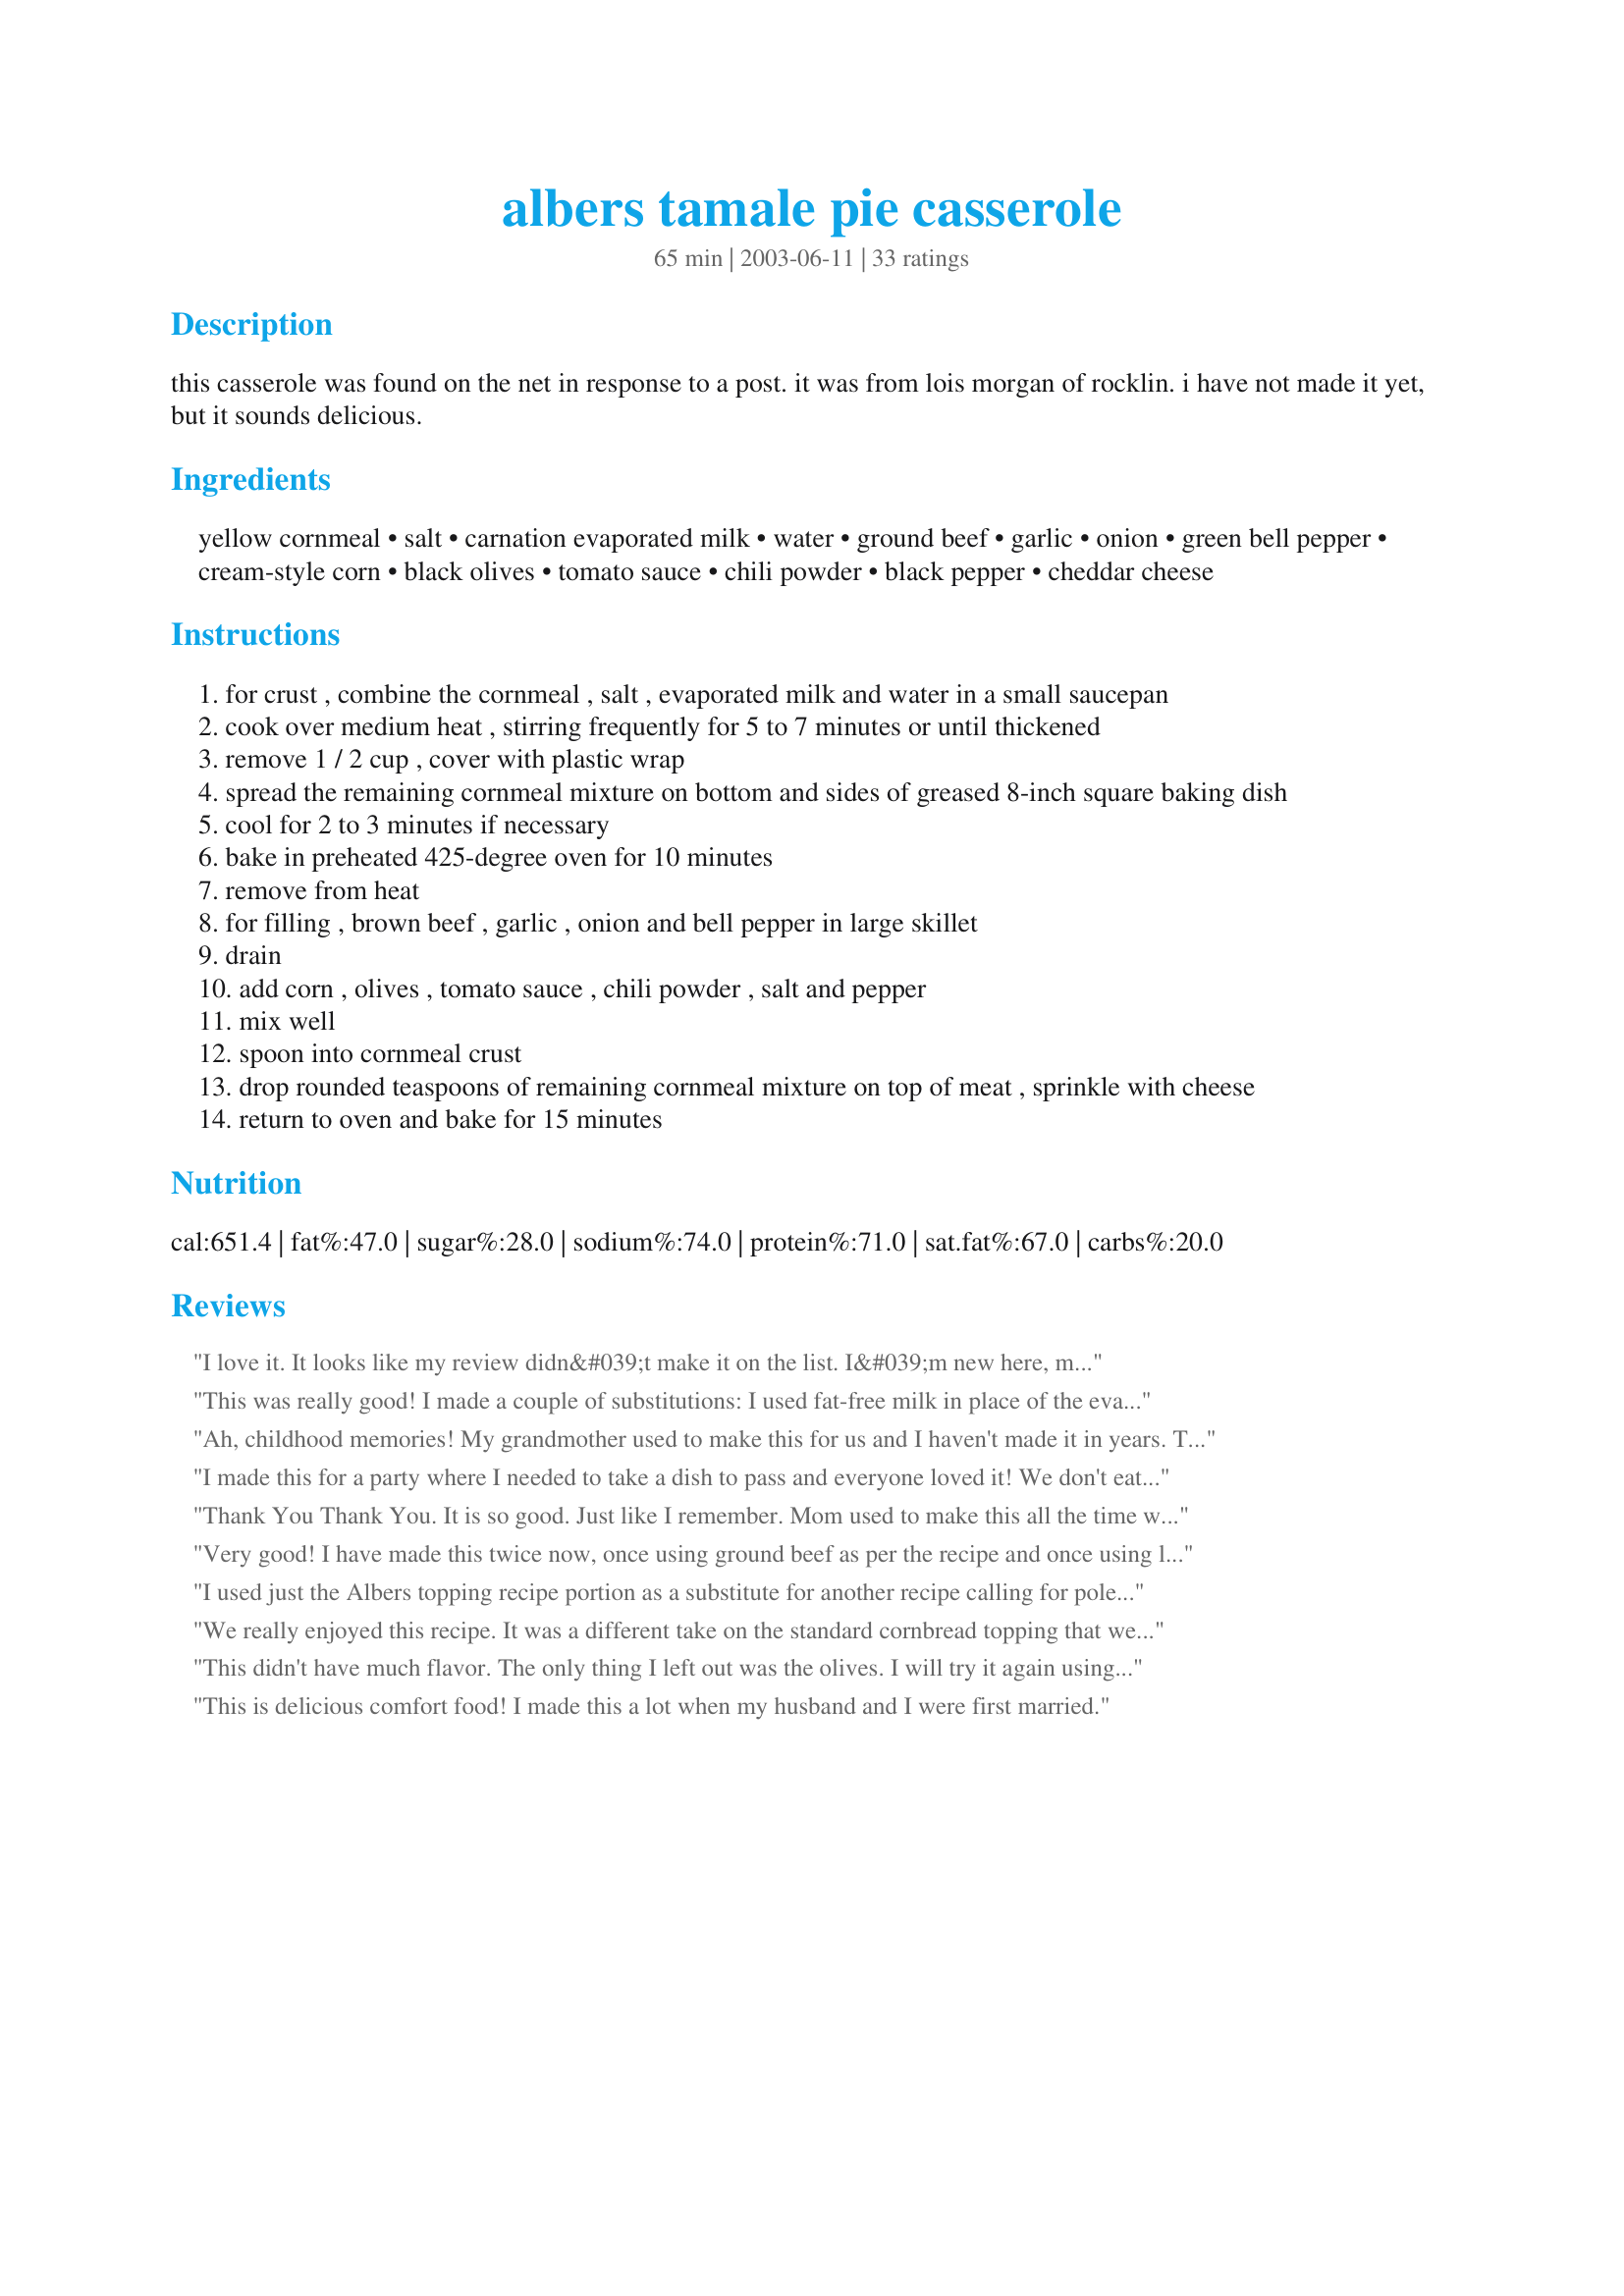
albers tamale pie casserole
Preparation time: 65 minutes

this casserole was found on the net in response to a post. it was from lois morgan of rocklin. i have not made it yet, but it sounds delicious.

Ingredients:
yellow cornmeal, salt, carnation evaporated milk, water, ground beef, garlic, onion, green bell pepper, cream-style corn, black olives, tomato sauce, chili powder, black pepper, cheddar cheese

Steps:
for crust , combine the cornmeal , salt , evaporated milk and water in a small saucepan
cook over medium heat , stirring frequently for 5 to 7 minutes or until thickened
remove 1 / 2 cup , cover with plastic wrap
spread the remaining cornmeal mixture on bottom and sides of greased 8-inch square baking dish
cool for 2 to 3 minutes if necessary
bake in preheated 425-degree oven for 10 minutes
remove from heat
for filling , brown beef , garlic , onion and bell pepper in large skillet
drain
add corn , olives , tomato sauce , chili powder , salt and pepper
mix well
spoon into cornmeal crust
drop rounded teaspoons of remaining cornmeal mixture on top of meat , sprinkle with cheese
return to oven and bake for 15 minutes

Reviews:
I love it. It looks like my review didn&#039;t make it on the list. I&#039;m new here, maybe I didn&#039;t submit it right.
This was really good! I made a couple of substitutions: I used fat-free milk in place of the evaporated milk, a small can of enchilada sauce in place of the tomato sauce, and a can of diced green chilies. Having made those substitutions, I should have cut back on the chili powder because I'm cooking for three kids, and it was a bit too spicy for them. My husband and I loved it though!
Ah, childhood memories! My grandmother used to make this for us and I haven't made it in years. This was so good...DS and DH just loved this stuff, I'm not sure I had ever made this for them! I'm sure I don't have the recipe anymore, at any rate! I did add more garlic, you know what a garlic fiend I am :) and I added a bit more cheese. The guys just plowed through this pan of goodness! Simple and yummy goodness...thanks for sharing, L!
I made this for a party where I needed to take a dish to pass and everyone loved it! We don't eat meat so I made it with some back beans, pinto beans, and a little tvp and vegetarians and meat-eaters all seemed to enjoy it. I forgot to mix in the black olives so I just put them on top after I took it out of the oven. I'll make double batch next time!
Thank You Thank You. It is so good. Just like I remember. 
Mom used to make this all the time well at least once every few weeks. Lost the recipe, been hunting for it, Thank You for posting.
Very good! I have made this twice now, once using ground beef as per the recipe and once using leftover chicken...excellent both ways!!!
I used just the Albers topping recipe portion as a substitute for another recipe calling for polenta. It turned out wonderfully delicious.!
We really enjoyed this recipe. It was a different take on the standard cornbread topping that we used to use and it satisfies my cravings for tamale without all that work! Many thanks Ciao! My family will enjoy this often.
This didn't have much flavor. The only thing I left out was the olives. I will try it again using salsa instead of the tomato sauce.
This is delicious comfort food! I made this a lot when my husband and I were first married.
This was sooo good! I used to have it as a kid all the time and was excited to try an make it myself. I finally found one that sounded tasty so I tried it with cornbread as a topping substitute back in March 2014, DELICIOUS!!!!!&lt;br/&gt;Ive been looking for it ever since, even created an account and added it as a favorite so I&#039;d never lose it again. &lt;br/&gt;&lt;br/&gt;Everyone should try this dish at least once.... You&#039;ll love it and be glad you chose this one!!!!!!
This was good and very easy to make. I thought it could have used some more flavor so I will add some spices next time. I did have salsa and sour cream for those who wanted to it add it to their serving.
This was very good! I prepared it as written, except for leaving out the olives because I didn't have any on hand. For me, it worked best to let the cornmeal mixture cool quite a bit before trying to press it into the pan. My cornmeal mixture was too thick to spread with a spoon or spatula, but once it cooled for at least 5 minutes, it became less sticky and was easy to press into the pan with my hands. The recipe is great as written, but I will probably use a can of diced green chiles next time in place of the bell peppers. The bell peppers were fine, but I think my family would prefer the chiles. If it weren't for the kids, I'd use diced jalapenos. We just ended up adding jalapenos to the dish at the table. Anyway, I'd definitely make this again!
This was really Good!!!
Because I have vegetarians as well as meat eaters, I used ground tofu. I also used Enchilada sauce over the tomato sauce and 1 can of green chili's. The Corn crust was lovely, soft and full of flavor. The topping and cheese made a lovely presentation, and the whole dish was full of flavor. My two oldest had their boyfriends over for dinner and they inhaled what would have been for lunch the next day. The next time I will make two recipes worth for dinner. Thanks for posting this recipe. Di
Easy doubled or two and a halfed (2 1/2 lbs hamburger). Made for my son's 14th birthday weekend with lots of boys around. Perfect meal for a crowd. Oh, thanks Aunt Bev for cooking HER recipe and ciao for having it on the site. Just a few tweaks (Auntie's recommendations) and I have a favorite to add to my cookbook. Again, thanks Recipezaar for being such an amazing resource.
I was a little apprehensive about using the crust because it didn't have much flavor to it by itself (used Quaker brand corn meal and wasn't sure if that would have made a difference), but once the filling is added and you take a bite of each, it's a perfect blend of flavors. The crust crumbled on top adds a little crunch to the soft filling (I subbed the ground beef with canarygirl's Chicken Verde (#32918)..I did add tomato sauce, corn and additional spices). I'm looking forward to having this for lunch tomorrow, thanks for posting L! :-)
Ez to make good hearty main course I sevred with spanish rice and lemonade to drink thanks alot for this yummy dish
This is one of the best tasting Tamale Pies I ever tried. I added extra garlic, because I love it. I also had to use whole kernel corn as I didn't have cream style, also added some black beans. I will be making this again. Next time I make it I will add the cream style corn.
Thank You! ciao
great! better than the last recipe i used. i prefer this crust to the corn bread one. served topped with sour cream, tomatoes and cheese.
We really liked this recipe! Next time I would let the cornbread mixture sit for a few minutes before lining the pan with it. I think it would help it hold its shape better and keep it from sliding back down the pan. I also used skim milk because I did not have the evaporated on hand. Worked out just fine. It was so nice to have on a weeknight. Thank you for sharing. We will definitely have this again!
Ciao..This was a wonderful recipe. Thanks so much for sharing it. The only chages that I made were: I did not have any evaporated milk so instead I used whole milk. Worked perfectly. Also instead of green bell pepper, I used a chopped up poblano pepper as that was what I had on hand. Boy did that make it yummy with a touch of spice. I also used about a cup black beans in the mixture as some others did. It really is a very forgiving recipe but besides that, it has wonderful flavor. Thanks again for the great recipe. This will be one that I will continue to use on a regular basis. Hugs to you, Susie.
Substitued:<br/>1 cup frozen corn for cream corn<br/>Enchilada sauce for tomato sauce<br/>No olives because I didn't have any<br/>Added about 1 tbs chopped jalape?o<br/>1 tsp cumin and would have added 1/4 - 1/2 tsp oregano if I had any<br/><br/>Placed into a deep dish pie pan and baked in oven for 15 minutes, cool for 5 minutes.<br/><br/>Results were really good. I'd make this again, but would use a slotted spoon when moving meat mixture to baking dish to eliminate the beef grease. Also I might change it up by making more cornmeal and substitute some meat with pinto or black beans. With bean substitute you could double or triple the recipe, stretch this dish, for a large church or school gathering.
This was just okay. I think it was a good idea with the crust, but the filling definitely needs some adjustments. I probably won't make it again as I have a similar recipe using cornbread on top that I like better.
Pretty good....I was out of cream corn so used regular and decided to use rotel with green chiles in place of the tomato sauce...quite good for an easy week night meal
I didn't have creamed corn on hand so I used frozen. Still was a great recipe and will use again soon.
This was so good that I after having the leftovers for lunch I doubled the recipe and served for dinner the same night!

It was hard to choose one tamale pie recipe over another, but I liked the creamed corn, canned milk, and the pre-baking of the crust. I chopped my beef mixture up a bit in the processor (after cooked) to have a finer texture. I also added a bit of diced jalapeno to the along with the corn, etc. The whole family cleaned their plates two nights in a row! Thanks Ciao, for posting.
Roxygirl
I changed the recipe to use leftovers, but the basics of this recipe are really delicious. I made it with refried beans, a jar of olives, leftover taco meat, a jar of taco sauce (not salsa) and mexican cheese (queso fresco). We couldn't believe how tasty it was.
Good hearty casserole. Used the enchilada sauce as another reviewer recommended. Nest time will use a small can of diced green chiles instead of the green pepper. This casserole was even better the next day. Thanks for the recipe, Ciao.
aside from making the cornmeal a bit too thick on the bottom (I will distribute evenly next time), this was a GREAT meal and was a hit at my house. I will def. make this again.
I thought this was fun to make. And great flavor too.
This is a very tasty meal. Thanks for posting.
This was so easy and yummy! My family (all 7 of us) loved it. It brought back good memories for me as my mom made this a lot when I was just a girl. Thanks for posting. The only things I did different was leave out the green pepper and I made enough for 12-18 servings worth. It made a lot and now we can have another dinner out of it tomorrow! I love "plan-aheads"! Thanks again.
This is a very good recipe. I put in ramekins and freeze. Enjoy!!
